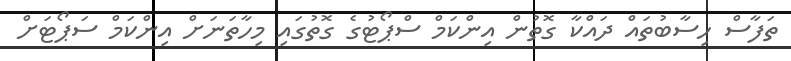
ތަފާސް ހިސާބުތައް ދައްކާ ގޮތުން އިންކަމް ސްޕޯޓުގެ ގޮތުގައި މިހާތަނަށް އިންކަމް ސަޕޯޓަށް